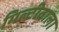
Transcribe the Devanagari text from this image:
गिल्टीवाला